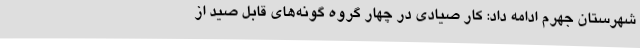
شهرستان جهرم ادامه داد: کار صیادی در چهار گروه گونه‌های قابل صید از